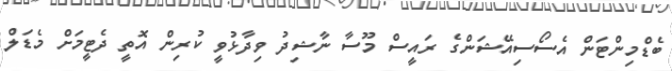
ބެޑްމިންޓަން އެސޯސިއޭޝަންގެ ރައީސް މޫސާ ނާޝިދު ވިދާޅުވީ ކުރިން އޮތީ ދެޓީމަށް މެޑަލް